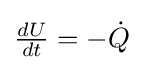
{\textstyle {\frac {dU}{dt}}=-{\dot {Q}}}